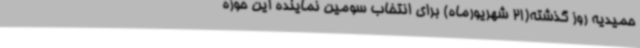
حمیدیه روز گذشته(21 شهریورماه) برای انتخاب سومین نماینده این حوزه